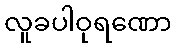
လူခပါဝုရဏော